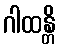
ဂါထန္တိ